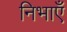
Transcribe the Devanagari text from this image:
निभाएँ